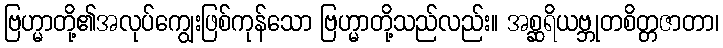
ဗြဟ္မာတို့၏အလုပ်ကျွေးဖြစ်ကုန်သော ဗြဟ္မာတို့သည်လည်း။ အစ္ဆရိယဗ္ဘုတစိတ္တဇာတာ၊